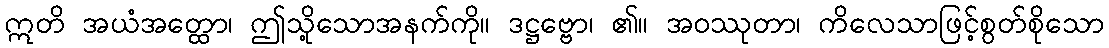
ဣတိ အယံအတ္ထော၊ ဤသို့သောအနက်ကို။ ဒဋ္ဌဗ္ဗော၊ ၏။ အဝဿုတာ၊ ကိလေသာဖြင့်စွတ်စိုသော